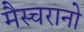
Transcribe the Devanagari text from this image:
मैस्चरानो